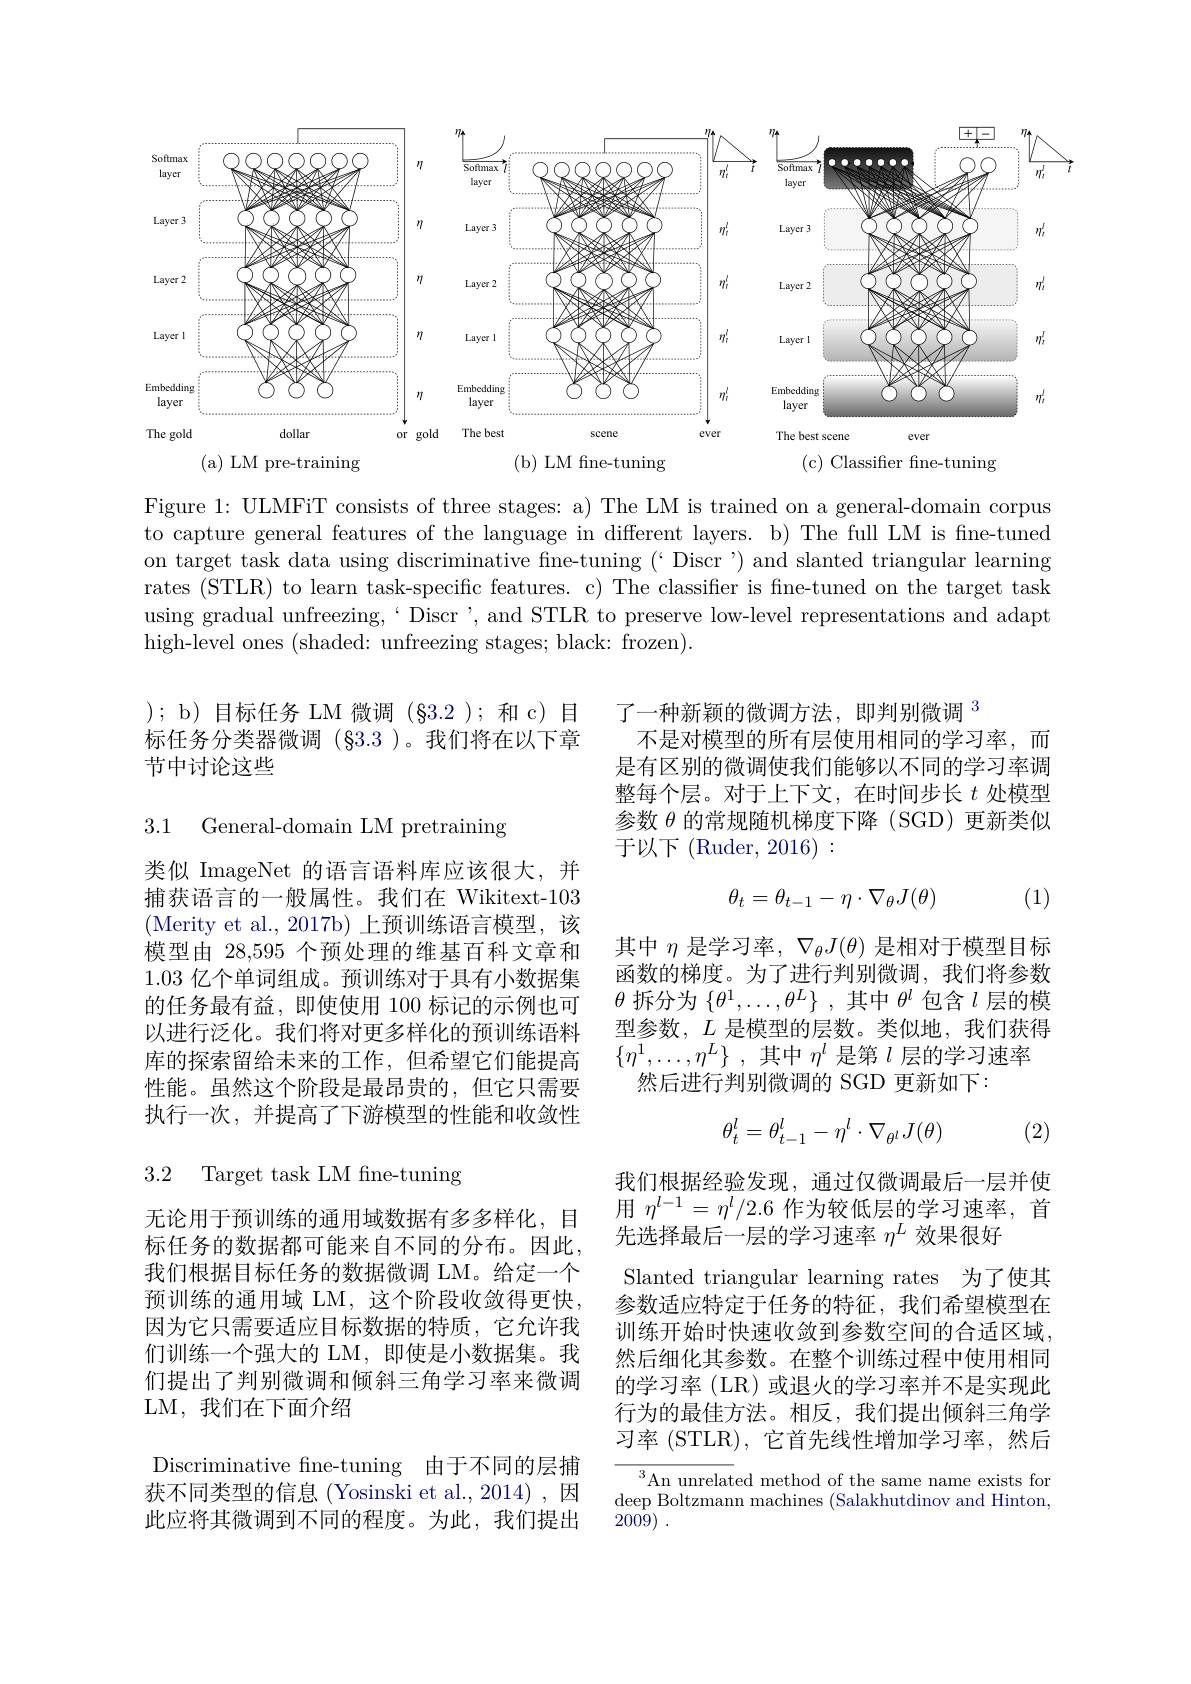
<FigureHere>
(b) LM fine-tuning
(c) Classifier fne-tuning
( a) LM pre- training

Figure 1: ULMFiT consists of three stages: a) The LM is trained on a general-domain corpus to capture general features of the language in different layers. b) The full LM is fine-tuned on target task data using discriminative fine-tuning (` Discr ') and slanted triangular learning rates (STLR) to learn task-specific features. c) The classifier is fne-tuned on the target task using gradual unfreezing,` Discr', and STLR to preserve low-level representations and adapt high-level ones (shaded: unfreezing stages; black: frozen).

) ; b) 目标任务 LM 微调(§3.2 );和 c)目标任务分类器微调 (§3.3 )。我们将在以下章节中讨论这些

了一种新颖的微调方法，即判别微调$^{3}$
不是对模型的所有层使用相同的学习率，而是有区别的微调使我们能够以不同的学习率调整每个层。对于上下文，在时间步长$t$处模型参数$\theta$的常规随机梯度下降(SGD)更新类似${\text{于以下 }(\mathrm{Ruder,~2016})}:$

3.1 General-domain LM pretraining

(1)
$$\theta_t=\theta_{t-1}-\eta\cdot\nabla_\theta J(\theta)$$
类似 ImageNet 的语言语料库应该很大，并捕获语言的一般属性。我们在 Wikitext-103 (Merity et al.,2017b)上预训练语言模型，该模型由 28,595 个预处理的维基百科文章和1.03 亿个单词组成。预训练对于具有小数据集的任务最有益，即使使用 100 标记的示例也可以进行泛化。我们将对更多样化的预训练语料库的探索留给未来的工作，但希望它们能提高性能。虽然这个阶段是最昂贵的，但它只需要执行一次，并提高了下游模型的性能和收敛性

其中$\eta$是学习率，$\nabla_\theta J(\theta)$是相对于模型目标函数的梯度。为了进行判别微调，我们将参数$\theta$拆分为$\{\theta^1,\ldots,\theta^L\}$ ,其中$\theta^l$包含$l$层的模型参数，$L$是模型的层数。类似地，我们获得$\{ \eta ^1, \ldots , \eta ^L\}$ ,其中$\eta^l$是第$l$层的学习速率
然后进行判别微调的 SGD 更新如下：
$$\theta_t^l=\theta_{t-1}^l-\eta^l\cdot\nabla_{\theta^l}J(\theta)$$
(2)

3.2 Target task LM fne-tuning

我们根据经验发现，通过仅微调最后一层并使用$\eta^{l-1}=\eta^l/2.6$作为较低层的学习速率，首先选择最后一层的学习速率$\eta^L$效果很好

Slanted triangular learning rates 为了使其参数适应特定于任务的特征，我们希望模型在训练开始时快速收敛到参数空间的合适区域然后细化其参数。在整个训练过程中使用相同的学习率 (LR) 或退火的学习率并不是实现此行为的最佳方法。相反，我们提出倾斜三角学习率 (STLR),它首先线性增加学习率，然后

无论用于预训练的通用域数据有多多样化，目标任务的数据都可能来自不同的分布。因此， 我们根据目标任务的数据微调 LM。给定一个预训练的通用域 LM,这个阶段收敛得更快， 因为它只需要适应目标数据的特质，它允许我们训练一个强大的 LM, 即使是小数据集。我们提出了判别微调和倾斜三角学习率来微调LM,我们在下面介绍

Discriminative fne-tuning 由于不同的层捕获不同类型的信息 (Yosinski et al.,2014),因此应将其微调到不同的程度。为此，我们提出

$^{3}$An unrelated method of the same name exists for deep Boltzmann machines ( Salakhutdinov and Hinton, 2009) .